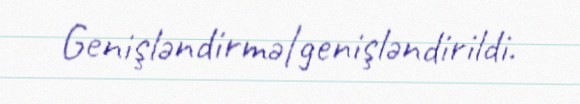
Genişləndirmə|genişləndirildi.